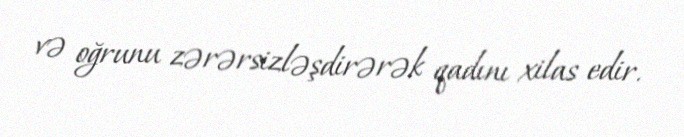
və oğrunu zərərsizləşdirərək qadını xilas edir.